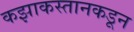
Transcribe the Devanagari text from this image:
कझाकस्तानकडून